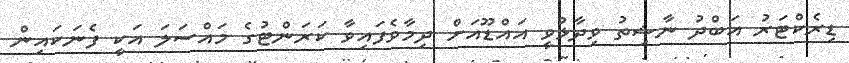
ޑިރެކްޓަރު އަބްދު ނާޝިތު ވިދާޅުވީ އައްޑޫއަށް ދިމާވެފައިވާ ކަރަންޓުގެ މައްސަލަ އަކީ ފެނަކައިން